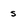
Character: s